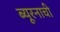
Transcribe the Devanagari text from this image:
ब्यूरनाची